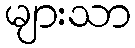
များသာ